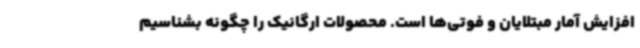
افزایش آمار مبتلایان و فوتی‌ها است. محصولات ارگانیک را چگونه بشناسیم